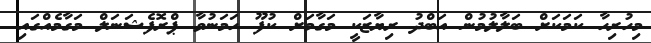
މިހުރިހާ ކަމަކަށް ބަލާލުމުން އަބްދު ރިޔާޒަކީ މަގާމަށް ކުފޫ ހަމަނުވާ ޕްރޮފެޝަނަލް މަގާމެއްގައި